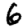
Digit: 6